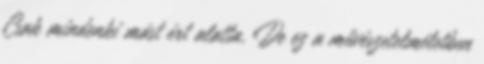
Csak mindenki mást ért alatta. De ez a művészetelméletben